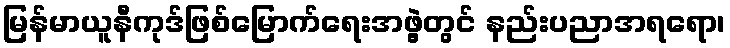
မြန်မာယူနီကုဒ်ဖြစ်မြောက်ရေးအဖွဲ့တွင် နည်းပညာအရရော၊